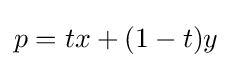
p=tx+(1-t)y